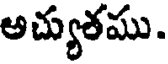
అచ్యుతము.